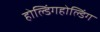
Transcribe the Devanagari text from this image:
होल्डिंगहोल्डिंग